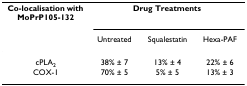
| Co-localisation with MoPrP105-132 | <COLSPAN=3> Drug Treatments |
 |  | Untreated | Squalestatin | Hexa-PAF |
 | --- | --- | --- | --- |
 | cPLA2 | 38% ± 7 | 13% ± 4 | 22% ± 6 |
 | COX-1 | 70% ± 5 | 5% ± 5 | 13% ± 3 |